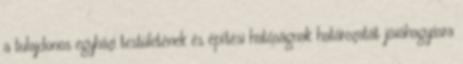
a tulajdonos egyházi testületének és építési hatóságnak határozatát jóváhagyásra